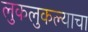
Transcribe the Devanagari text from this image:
लुकलुकल्याचा